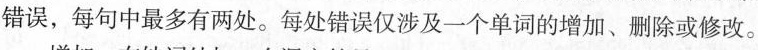
错误，每句中最多有两处。每处错误仅涉及一个单词的增加、删除或修改。